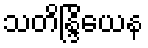
သတိန္ဒြိယေန